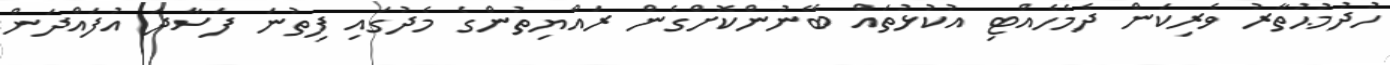
ހުދުމުޙުތާރު ވެރިކަން ދެމެހެއްޓި އުކުޅުތައް ބޭނުންކޮށްގެން ރައްޔިތުންގެ މެދުގައި ފިތުނަ ފަސާދަ އުފައްދަން